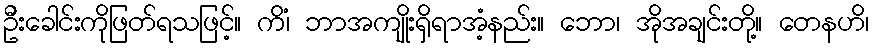
ဦးခေါင်းကိုဖြတ်ရသဖြင့်။ ကိံ၊ ဘာအကျိုးရှိရာအံ့နည်း။ ဘော၊ အိုအချင်းတို့။ တေနဟိ၊